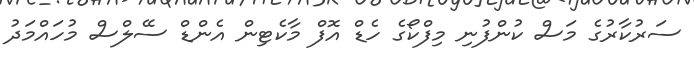
ސަރުކާރުގެ މަސް ކުންފުނި މިފްކޯގެ ހެޑް އޮފް މާކެޓިން އެންޑް ސޭލްސް މުހައްމަދު